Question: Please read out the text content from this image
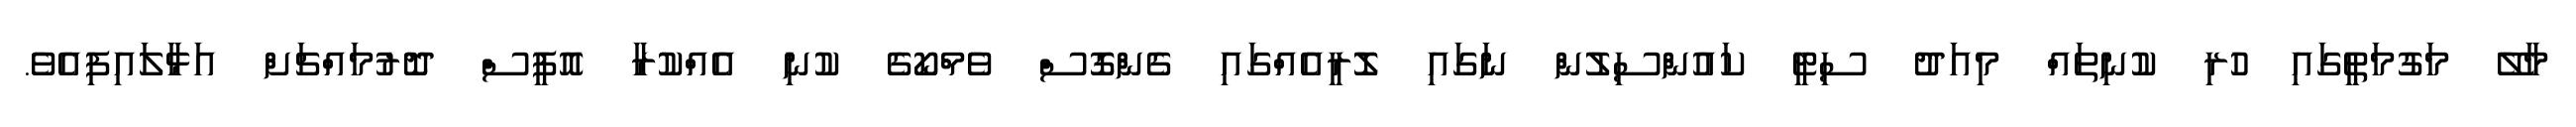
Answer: މާލޭ މަގުމަތީގައި ހުރި ކުނިތައް މިއަދު ސިޓީ ކައުންސިލުން ނަގައި ލޮރީއެއްގައި ގެންގޮސް ވެމްކޯގެ ކުނި އެއްކުރާ އޮފީސް ދޮރުމައްޗަށް އަޅާލައިފިއެވެ.